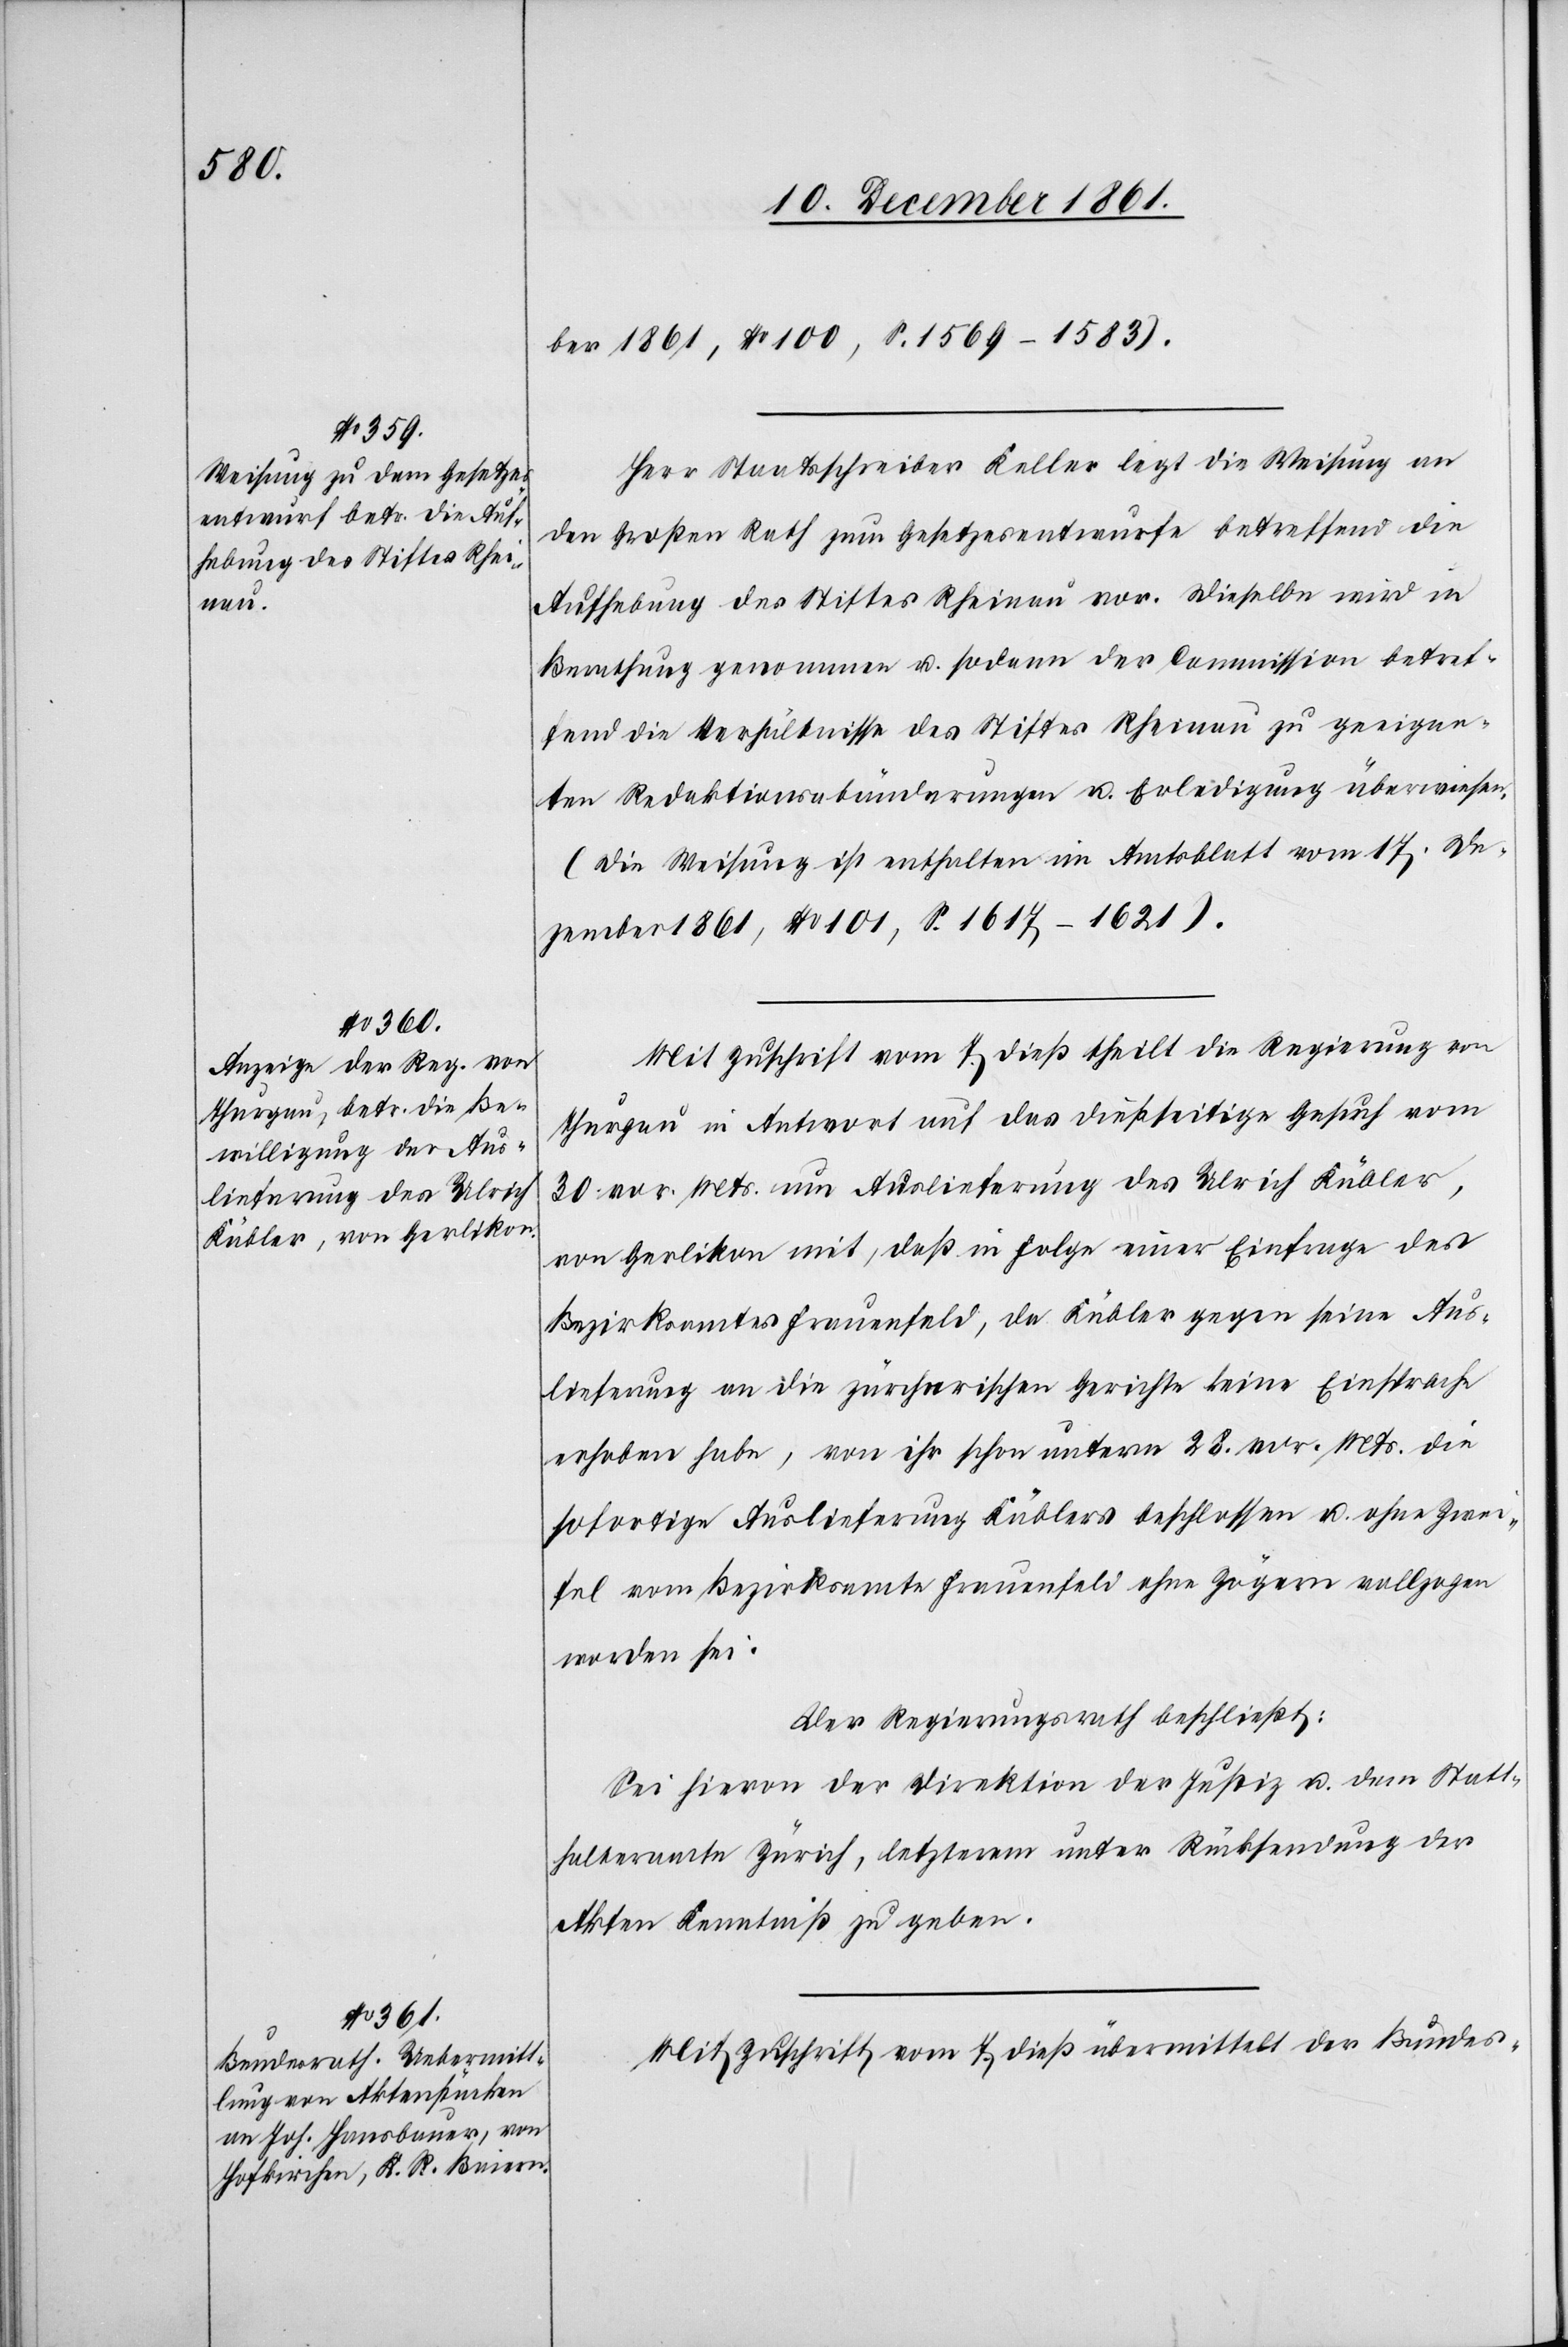
ber 1861, No 100, S. 1569–1583).
Herr Staatsschreiber Keller legt die Weisung an
den Großen Rath zum Gesetzesentwurfe betreffend die
Aufhebung des Stiftes Rheinau vor. Dieselbe wird in
Berathung genommen u. sodann der Commission betref¬
fend die Verhältnisse des Stiftes Rheinau zu geeigne¬
ten Redaktionsabänderungen u. Erledigung überwiesen.
(Die Weisung ist enthalten im Amtsblatt vom 17 De¬
zember 1861, No 101, S. 1617–1621).
Mit Zuschrift vom 7 dieß theilt die Regierung von
Thurgau in Antwort auf das dießseitige Gesuch vom
30 vor. Mts. um Auslieferung des Ulrich Kübler,
von Gerlikon mit, daß in Folge einer Einfrage des
Bezirksamtes Frauenfeld, da Kübler gegen seine Aus¬
lieferung an die zürcherischen Gerichte keine Einsprache
erhoben habe, von ihr schon unterm 28 vor. Mts. die
sofortige Auslieferung Küblers beschlossen u. ohne Zwei¬
fel vom Bezirksamte Frauenfeld ohne Zögern vollzogen
worden sei.
Der Regierungsrath beschließt:
Sei hievon der Direktion der Justiz u. dem Statt¬
halteramte Zürich, letzterem unter Rücksendung der
Akten Kenntniß zu geben.
Mit Zuschrift vom 7 dieß übermittelt der Bundes-